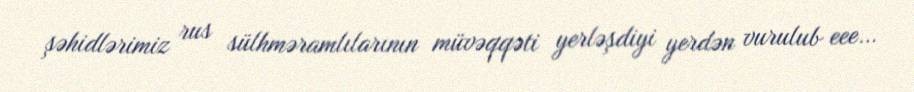
şəhidlərimiz rus sülhməramlılarının müvəqqəti yerləşdiyi yerdən vurulub eee…